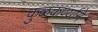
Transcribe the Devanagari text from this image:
कुळकर्ण्यानें